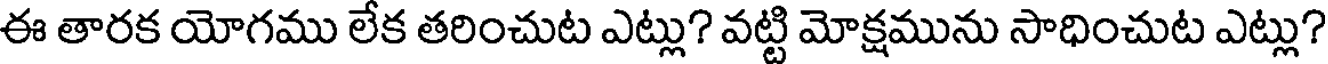
ఈ తారక యోగము లేక తరించుట ఎట్లు? వట్టి మోక్షమును సాధించుట ఎట్లు?